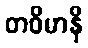
တဝိမာနိ